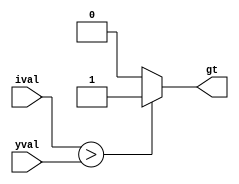
module comparator 
# (parameter W = 32)
(input [W-1:0] ival, input [W-1:0] yval, output reg gt);

always @ (*) begin

  if (ival   > yval)
    gt =1;
  else
    gt =0;

end

endmodule